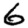
Digit: 6